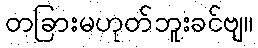
တခြားမဟုတ်ဘူးခင်ဗျ။